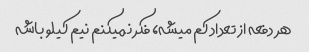
هر دفعه از تعداد کم میشه، فکر نمیکنم نیم کیلو باشه